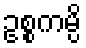
ဥစ္စကမ္ပိ